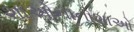
શાઓનાનોશાઓ